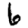
Digit: 6